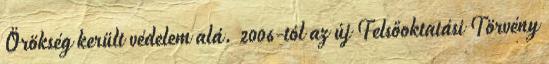
Örökség került védelem alá. 2006-tól az új Felsőoktatási Törvény